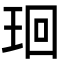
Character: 㻁